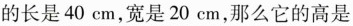
的长是 40 cm，宽是 20 cm，那么它的高是